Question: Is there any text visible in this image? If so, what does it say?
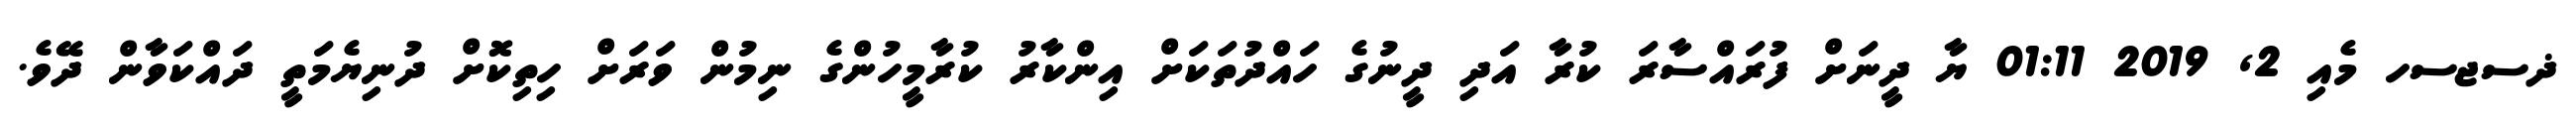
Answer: ޛސޖސހ މެއި 2, 2019 01:11 ޔާ ދީނަށް ފުރައްސާރަ ކުރާ އަދި ދީނުގެ ހައްދުތަކަށް އިންކާރު ކުރާމީހުންގެ ނިމުން ވަރަށް ހިތިކޮށް ދުނިޔެމަތީ ދައްކަވާން ދޭވެ.